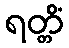
ရတ္တိံ